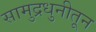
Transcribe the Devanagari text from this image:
सामुद्रधुनीतून